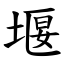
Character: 堰